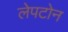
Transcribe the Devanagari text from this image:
लेपटोन